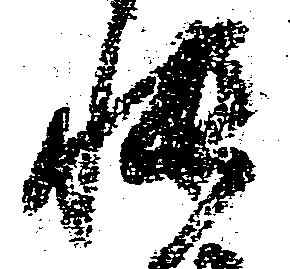
帳